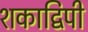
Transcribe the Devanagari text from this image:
शकाद्विपी